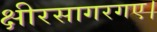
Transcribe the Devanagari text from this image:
क्षीरसागरगए।